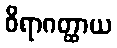
ဝိရာဂတ္ထာယ